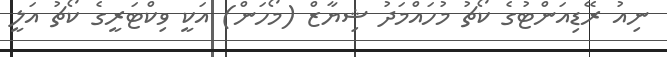
ނިއު ރޭޑިއަންޓުގެ ކޯޗު މުހައްމަދު ޝިޔާޒް (މޯހަން) އަކީ ވިކްޓަރީގެ ކޯޗު އަލީ